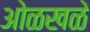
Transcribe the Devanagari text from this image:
ओळखळे